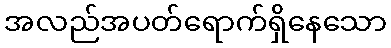
အလည်အပတ်ရောက်ရှိနေသော